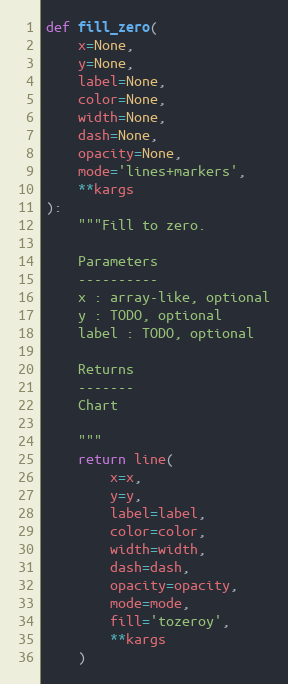
Language: Python
def fill_zero(
    x=None,
    y=None,
    label=None,
    color=None,
    width=None,
    dash=None,
    opacity=None,
    mode='lines+markers',
    **kargs
):
    """Fill to zero.

    Parameters
    ----------
    x : array-like, optional
    y : TODO, optional
    label : TODO, optional

    Returns
    -------
    Chart

    """
    return line(
        x=x,
        y=y,
        label=label,
        color=color,
        width=width,
        dash=dash,
        opacity=opacity,
        mode=mode,
        fill='tozeroy',
        **kargs
    )